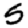
Digit: 5